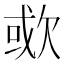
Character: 㰲